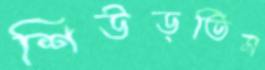
শিউড়তিস